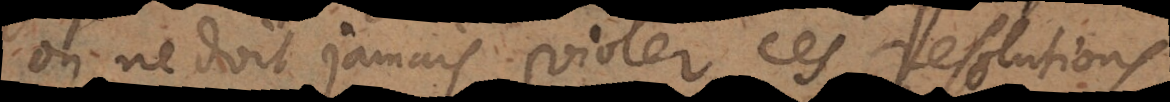
on ne doit jamais violer ces resolutions